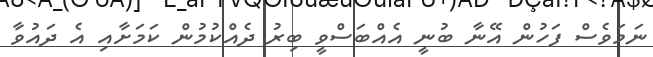
ނަމަވެސް ފަހުން އޭނާ ބުނީ އެއްބަސްވީ ބިރު ދެއްކުމުން ކަމަށާއި އެ ދައުވާ